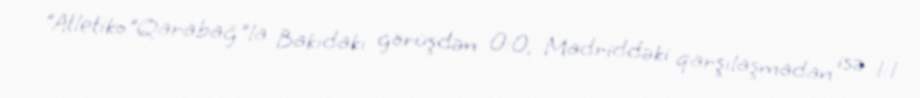
"Atletiko"Qarabağ"la Bakıdakı görüşdən 0:0, Madriddəki qarşılaşmadan isə 1:1